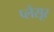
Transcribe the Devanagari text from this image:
प्लेसूर